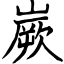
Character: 嶡